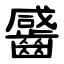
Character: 䶠